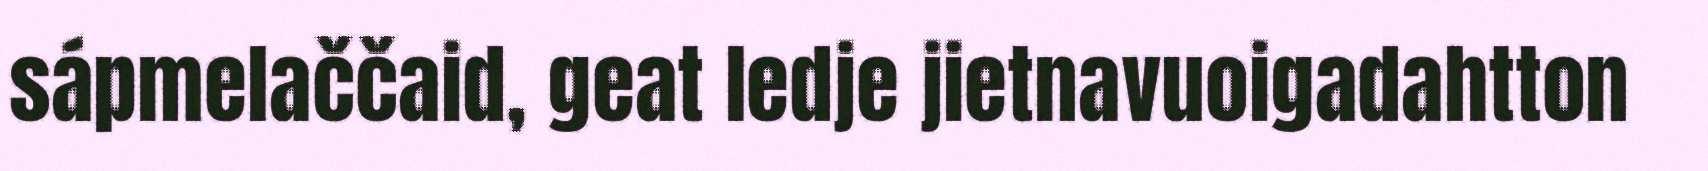
sápmelaččaid, geat ledje jietnavuoigadahtton